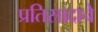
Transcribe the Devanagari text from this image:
प्रतिसादाचे